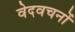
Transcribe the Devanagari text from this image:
वेदवचनों